Report of the Municipal Commissioner on the plague in Bombay for the year ending 31st May... - Volume 1
Disease focus: Plague
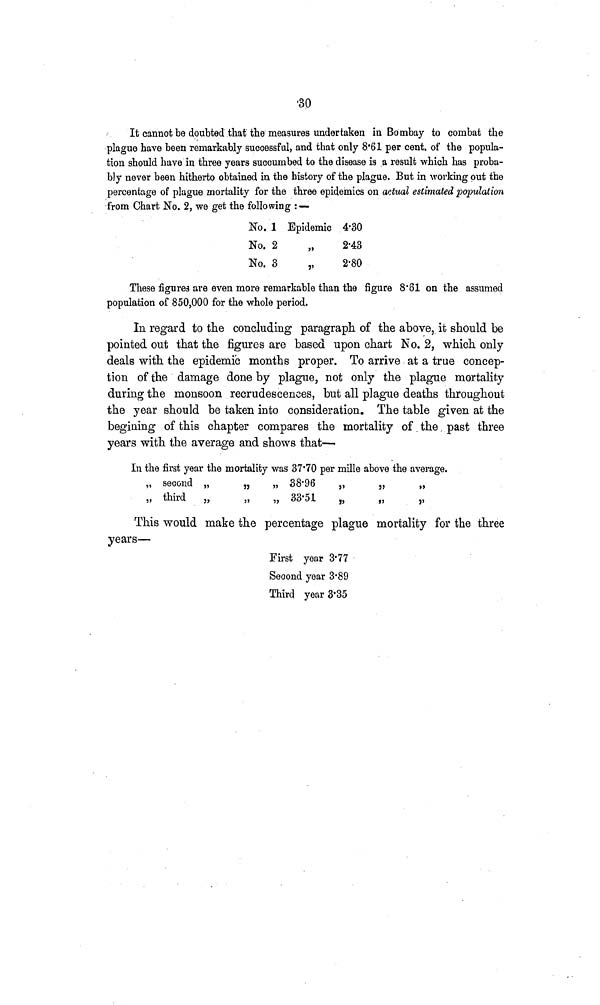
30
It cannot be doubted that the measures undertaken in Bombay to combat the
plague have been remarkably successful, and that only 8·61 per cent, of the popula-
tion should have in three years succumbed to the disease is a result which has proba-
bly never been hitherto obtained in the history of the plague. But in working out the
percentage of plague mortality for the three epidemics on actual estimated population
from Chart No. 2, we get the following : —
No.
No.
No.
1
2
3
Epidemic
„
„
4·30
2·43
2·80
These figures are even more remarkable than the figure 8·31 on the assumed
population of 850,000 for the whole period.
In regard to the concluding paragraph, of the above, it should be
pointed out that the figures are based upon chart No. 2, which only
deals with the epidemic months proper. To arrive at a true concep-
tion of the damage done by plague, not only the plague mortality
during the monsoon recrudescences, but all plague deaths throughout
the year should be taken into consideration. The table given at the
begining of this chapter compares the mortality of the past three
years with the average and shows that—
In the first year the mortality was 37·70 per mille above the average.
„ second
third
38-96
33-51
This would make the percentage plague mortality for the three
years—
First
Second
Third
year
year
year
3·77
3·89
3·35